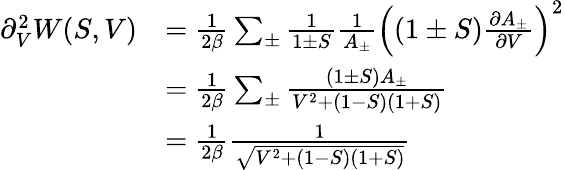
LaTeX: \begin{array}{rl}{\partial_{V}^{2}W(S,V)}&{=\frac{1}{2\beta}\sum_{\pm}\frac{1}{1\pm S}\frac{1}{A_{\pm}}\left((1\pm S)\frac{\partial A_{\pm}}{\partial V}\right)^{2}}\\ &{=\frac{1}{2\beta}\sum_{\pm}\frac{(1\pm S)A_{\pm}}{V^{2}+(1-S)(1+S)}}\\ &{=\frac{1}{2\beta}\frac{1}{\sqrt{V^{2}+(1-S)(1+S)}}}\end{array}